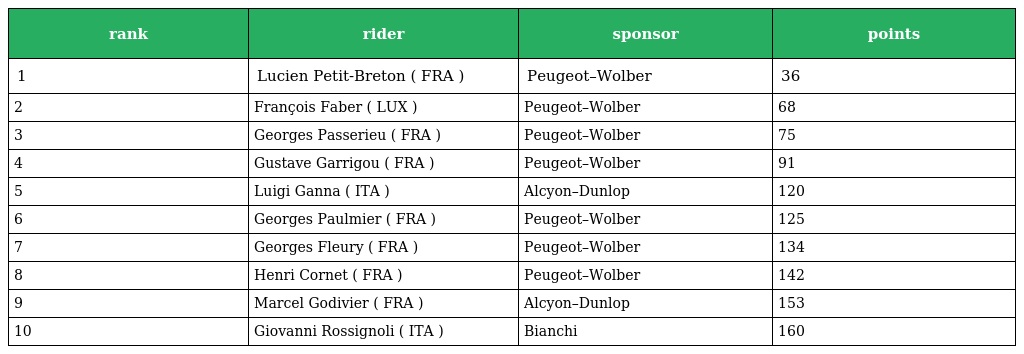
| rank | rider | sponsor | points |
 | --- | --- | --- | --- |
 | 1 | Lucien Petit-Breton ( FRA ) | Peugeot–Wolber | 36 |
 | 2 | François Faber ( LUX ) | Peugeot–Wolber | 68 |
 | 3 | Georges Passerieu ( FRA ) | Peugeot–Wolber | 75 |
 | 4 | Gustave Garrigou ( FRA ) | Peugeot–Wolber | 91 |
 | 5 | Luigi Ganna ( ITA ) | Alcyon–Dunlop | 120 |
 | 6 | Georges Paulmier ( FRA ) | Peugeot–Wolber | 125 |
 | 7 | Georges Fleury ( FRA ) | Peugeot–Wolber | 134 |
 | 8 | Henri Cornet ( FRA ) | Peugeot–Wolber | 142 |
 | 9 | Marcel Godivier ( FRA ) | Alcyon–Dunlop | 153 |
 | 10 | Giovanni Rossignoli ( ITA ) | Bianchi | 160 |